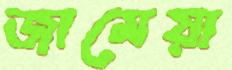
জামেয়া